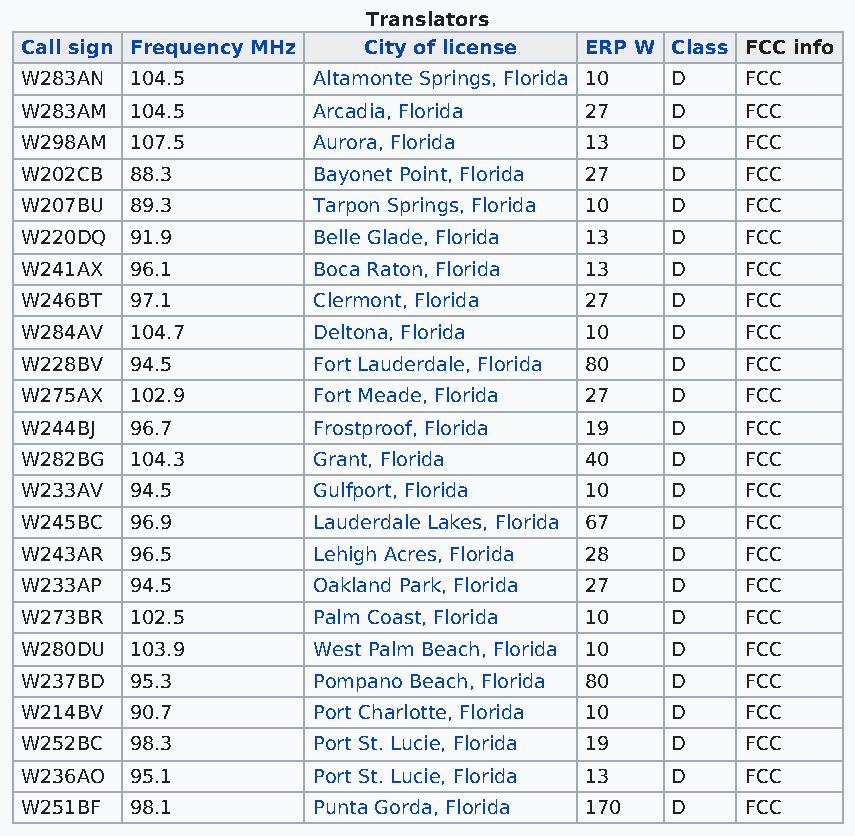
Translators
 Call sign Frequency MHz City of license ERP W Class FCC info
 W283AN  104.5       Altamonte Springs, Florida 10 D FCC
 W283AM  104.5       Arcadia, Florida  27   D    FCC
 W298AM  107.5       Aurora, Florida   13   D    FCC
 W202CB  88.3        Bayonet Point, Florida 27 D FCC
 W207BU  89.3        Tarpon Springs, Florida 10 D FCC
 W220DQ  91.9        Belle Glade, Florida 13 D   FCC
 W241AX  96.1        Boca Raton, Florida 13 D    FCC
 W246BT  97.1        Clermont, Florida 27   D    FCC
 W284AV  104.7       Deltona, Florida  10   D    FCC
 W228BV  94.5        Fort Lauderdale, Florida 80 D FCC
 W275AX  102.9       Fort Meade, Florida 27 D    FCC
 W244BJ  96.7        Frostproof, Florida 19 D    FCC
 W282BG  104.3       Grant, Florida    40   D    FCC
 W233AV  94.5        Gulfport, Florida 10   D    FCC
 W245BC  96.9        Lauderdale Lakes, Florida 67 D FCC
 W243AR  96.5        Lehigh Acres, Florida 28 D  FCC
 W233AP  94.5        Oakland Park, Florida 27 D  FCC
 W273BR  102.5       Palm Coast, Florida 10 D    FCC
 W280DU  103.9       West Palm Beach, Florida 10 D FCC
 W237BD  95.3        Pompano Beach, Florida 80 D FCC
 W214BV  90.7        Port Charlotte, Florida 10 D FCC
 W252BC  98.3        Port St. Lucie, Florida 19 D FCC
 W236AO  95.1        Port St. Lucie, Florida 13 D FCC
 W251BF  98.1        Punta Gorda, Florida 170 D  FCC